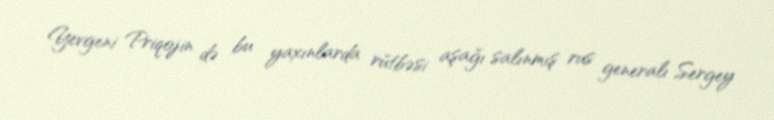
Yevgeni Priqojin də bu yaxınlarda rütbəsi aşağı salınmış rus generalı Sergey